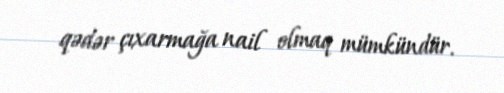
qədər çıxarmağa nail olmaq mümkündür.